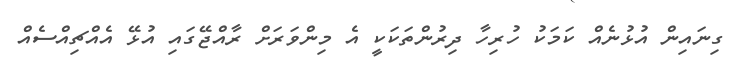
ގިނައިން އުޅުނެއް ކަމަކު ހުރިހާ ދިރުންތަކަކީ އެ މިންވަރަށް ރާއްޖޭގައި އުޅޭ އެއްޗިއްސެއް